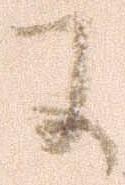
に